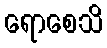
ရောစေသိ